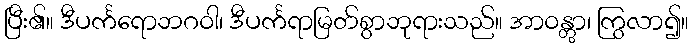
ပြီး၏။ ဒီပင်္ကရောဘဂဝါ၊ ဒီပင်္ကရာမြတ်စွာဘုရားသည်။ အာဝန္တွာ၊ ကြွလာ၍။